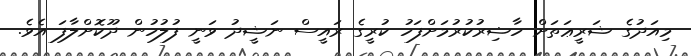
މިއަދުގެ ޝަރީޢަތަށް ހާޟިރުކުރުމަށްފަހު ކުރީގެ ރައީސް ނަޝީދު ވަނީ ފުލުހުން ދޫކޮށްލާފަ އެވެ.